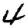
Digit: 4